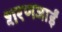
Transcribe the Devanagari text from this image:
शरणजाईं